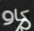
كاو